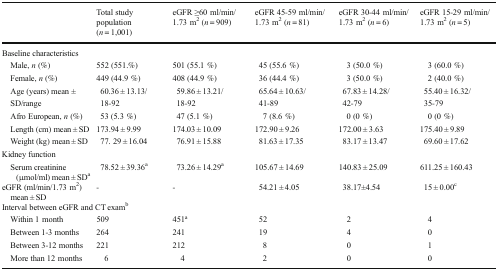
|  | Total study population (n = 1,001) | eGFR ≥60 ml/min/1.73 m2 (n = 909) | eGFR 45-59 ml/min/1.73 m2 (n = 81) | eGFR 30-44 ml/min/1.73 m2 (n = 6) | eGFR 15-29 ml/min/1.73 m2 (n = 5) |
 | --- | --- | --- | --- | --- | --- |
 | <COLSPAN=6> Baseline characteristics |
 | Male, n (%) | 552 (551.%) | 501 (55.1 %) | 45 (55.6 %) | 3 (50.0 %) | 3 (60.0 %) |
 | Female, n (%) | 449 (44.9 %) | 408 (44.9 %) | 36 (44.4 %) | 3 (50.0 %) | 2 (40.0 %) |
 | Age (years) mean ± | 60.36 ± 13.13/ | 59.86 ± 13.21/ | 65.64 ± 10.63/ | 67.83 ± 14.28/ | 55.40 ± 16.32/ |
 | SD/range | 18-92 | 18-92 | 41-89 | 42-79 | 35-79 |
 | Afro European, n (%) | 53 (5.3 %) | 47 (5.1 %) | 7 (8.6 %) | 0 (0 %) | 0 (0 %) |
 | Length (cm) mean ± SD | 173.94 ± 9.99 | 174.03 ± 10.09 | 172.90 ± 9.26 | 172.00 ± 3.63 | 175.40 ± 9.89 |
 | Weight (kg) mean ± SD | 77. 29 ± 16.04 | 76.91 ± 15.88 | 81.63 ± 17.35 | 83.17 ± 13.47 | 69.60 ± 17.62 |
 | <COLSPAN=6> Kidney function |
 | Serum creatinine (μmol/ml) mean ± SDa | 78.52 ± 39.36a | 73.26 ± 14.29a | 105.67 ± 14.69 | 140.83 ± 25.09 | 611.25 ± 160.43 |
 | eGFR (ml/min/1.73 m2) mean ± SD | - | - | 54.21 ± 4.05 | 38.17±4.54 | 15 ± 0.00c |
 | <COLSPAN=6> Interval between eGFR and CT examb |
 | Within 1 month | 509 | 451a | 52 | 2 | 4 |
 | Between 1-3 months | 264 | 241 | 19 | 4 | 0 |
 | Between 3-12 months | 221 | 212 | 8 | 0 | 1 |
 | More than 12 months | 6 | 4 | 2 | 0 | 0 |